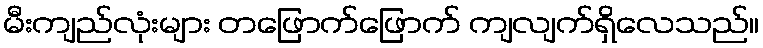
မီးကျည်လုံးများ တဖြောက်ဖြောက် ကျလျက်ရှိလေသည်။